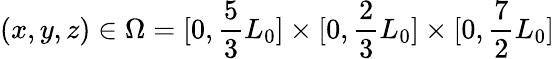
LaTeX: (x,y,z)\in\Omega=[0,\frac 53L_{0}]\times[0,\frac 23L_{0}]\times[0,\frac 72L_{0}]